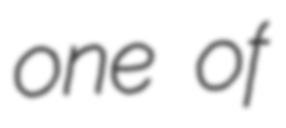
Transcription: one of